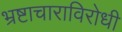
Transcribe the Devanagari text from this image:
भ्रष्टाचाराविरोधी